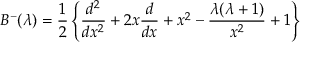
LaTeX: B ^ { - } ( \lambda ) = { \frac { 1 } { 2 } } \left\{ { \frac { d ^ { 2 } } { d x ^ { 2 } } } + 2 x { \frac { d } { d x } } + x ^ { 2 } - { \frac { \lambda ( \lambda + 1 ) } { x ^ { 2 } } } + 1 \right\}